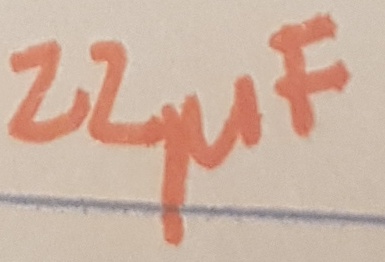
Text: 22µF